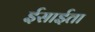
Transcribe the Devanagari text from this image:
ईसाईता